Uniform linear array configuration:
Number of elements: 24
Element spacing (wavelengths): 0.25
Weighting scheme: hamming
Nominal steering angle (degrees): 0
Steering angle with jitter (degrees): -1.166
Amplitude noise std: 0.05
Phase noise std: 0.05

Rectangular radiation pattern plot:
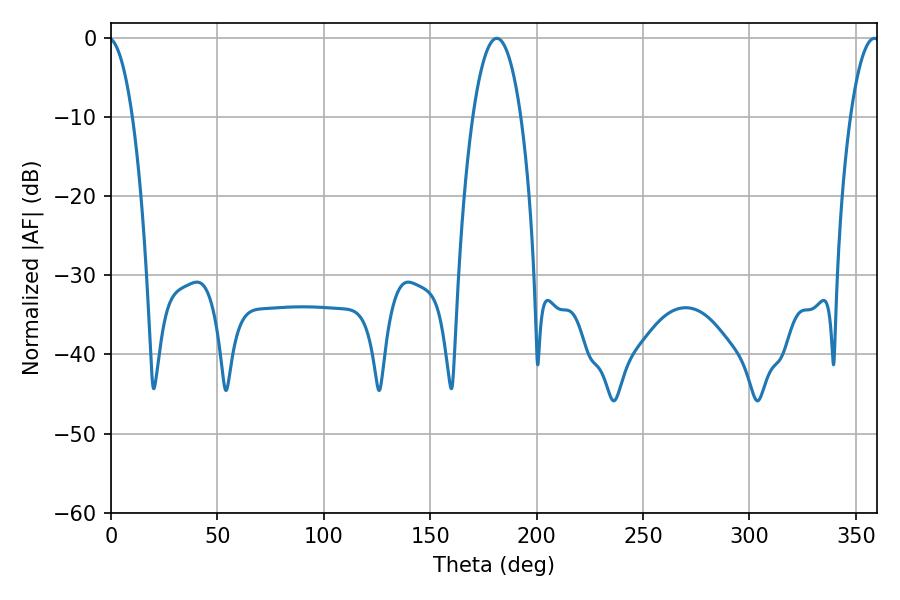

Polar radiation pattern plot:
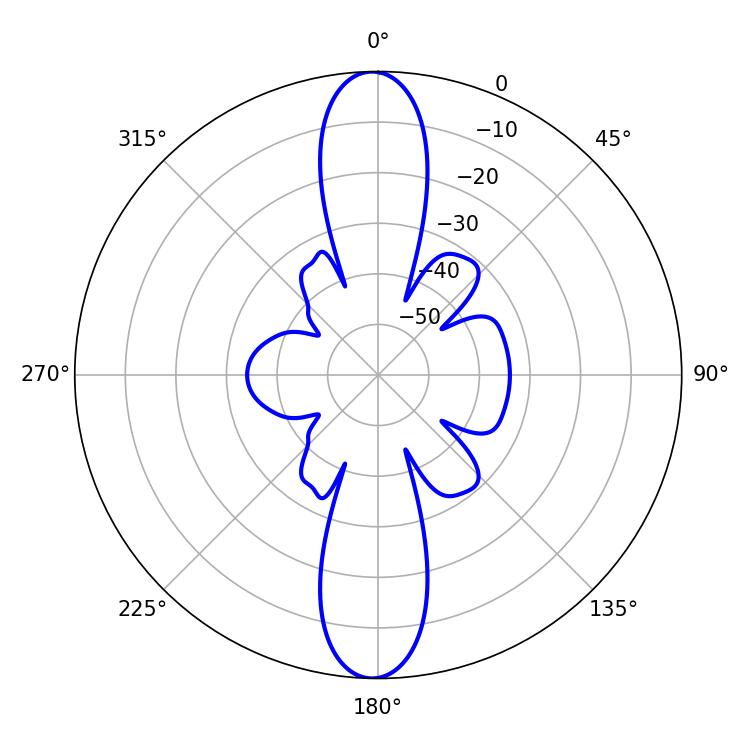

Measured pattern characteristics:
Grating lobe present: FALSE
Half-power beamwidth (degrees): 12.6
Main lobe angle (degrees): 181.26